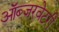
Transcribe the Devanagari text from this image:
ऑब्जरवेटरी